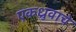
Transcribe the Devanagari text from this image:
एकध्रुवाचे